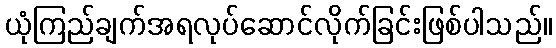
ယုံကြည်ချက်အရလုပ်ဆောင်လိုက်ခြင်းဖြစ်ပါသည်။